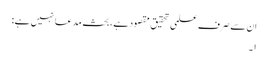
ان سے صرف علمی تحقیق مقصود ہے، بحث مدعا نہیں ہے:
۱۔